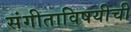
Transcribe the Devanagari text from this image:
संगीताविषयीची